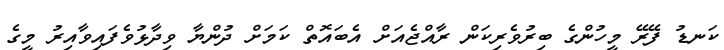
ކަނޑު ފޭރޭ މީހުންގެ ބިރުވެރިކަން ރާއްޖެއަށް އެބައޮތް ކަމަށް ދުންޔާ ވިދާޅުވެފައިވާއިރު މީގެ